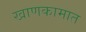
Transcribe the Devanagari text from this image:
खाणकामात